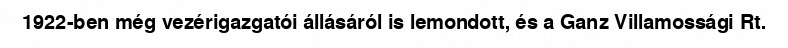
1922-ben még vezérigazgatói állásáról is lemondott, és a Ganz Villamossági Rt.